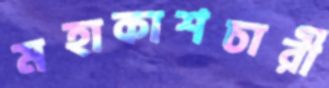
মহাকাশচারী